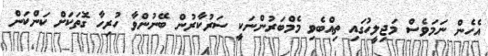
އެހެން ނަމަވެސް މަޖިލީހުގައި ތިއްބެވި މެމްބަރުންނަކީ ސަރުކާރުން ބޭނުންވާ ހުރިހާ ގޮތަކަށް ކަންކަން